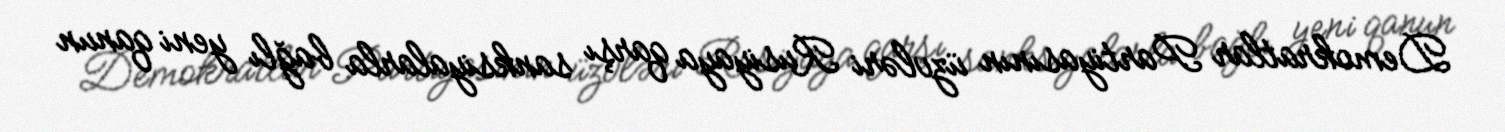
Demokratlar Partiyasının üzvləri Rusiyaya qarşı sanksiyalarla bağlı yeni qanun